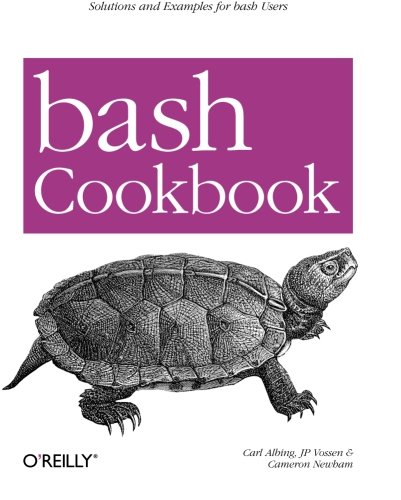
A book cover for bash Cookbook: Solutions and Examples for bash Users (Cookbooks (O'Reilly)); Carl Albing; Computers & Technology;